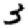
Digit: 3